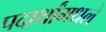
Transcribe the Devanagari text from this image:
पदार्थांमधले